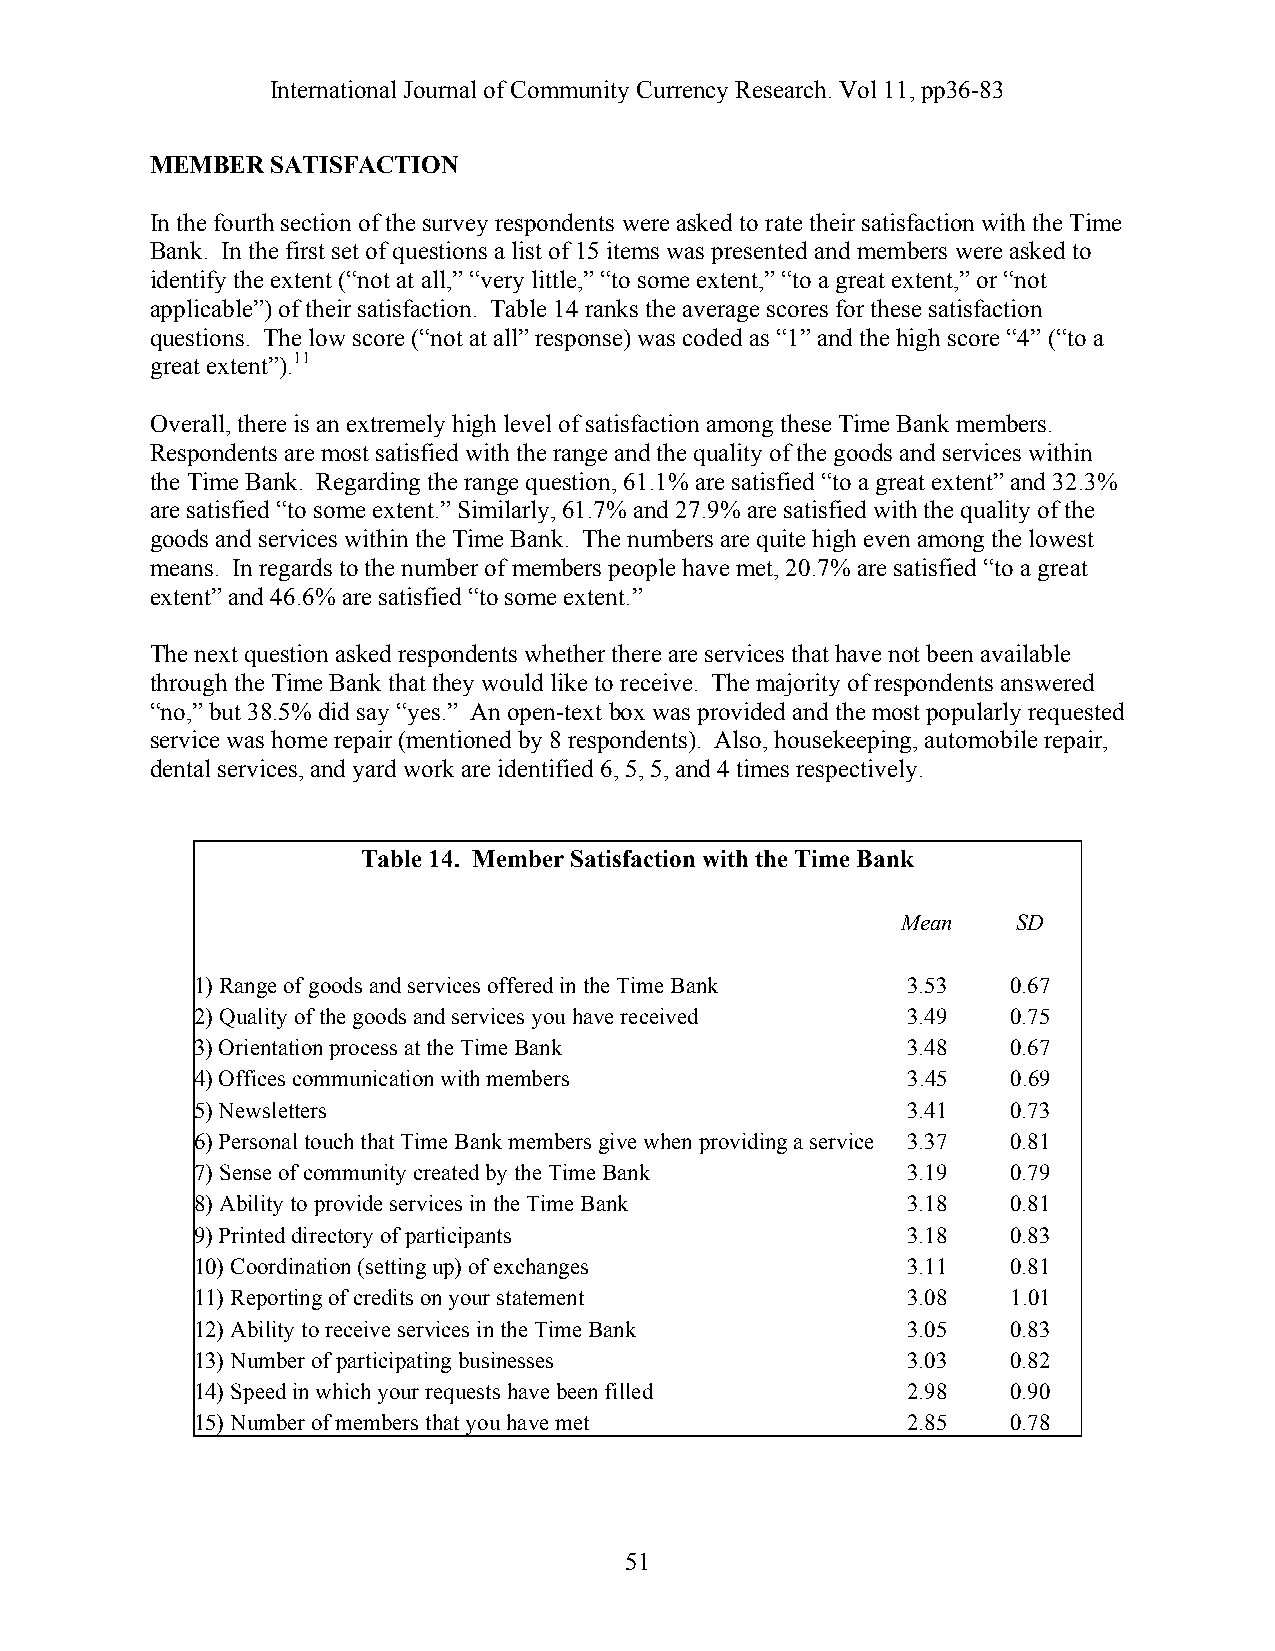
International Journal of Community Currency Research. Vol 11, pp36-83
 MEMBER  SATISFACTION
 In the fourth section of the survey respondents were asked to rate their satisfaction with the Time
 Bank. In the first set of questions a list of 15 items was presented and members were asked to
 identify the extent (“not at all,” “very little,” “to some extent,” “to a great extent,” or “not
 applicable”) of their satisfaction. Table 14 ranks the average scores for these satisfaction
 questions. The low score (“not at all” response) was coded as “1” and the high score “4” (“to a
 great extent”).11
 Overall, there is an extremely high level of satisfaction among these Time Bank members.
 Respondents are most satisfied with the range and the quality of the goods and services within
 the Time Bank. Regarding the range question, 61.1% are satisfied “to a great extent” and 32.3%
 are satisfied “to some extent.” Similarly, 61.7% and 27.9% are satisfied with the quality of the
 goods and services within the Time Bank. The numbers are quite high even among the lowest
 means. In regards to the number of members people have met, 20.7% are satisfied “to a great
 extent” and 46.6% are satisfied “to some extent.”
 The next question asked respondents whether there are services that have not been available
 through the Time Bank that they would like to receive. The majority of respondents answered
 “no,” but 38.5% did say “yes.” An open-text box was provided and the most popularly requested
 service was home repair (mentioned by 8 respondents). Also, housekeeping, automobile repair,
 dental services, and yard work are identified 6, 5, 5, and 4 times respectively.
 Table 14. Member Satisfaction with the Time Bank
 Mean   SD
 1) Range of goods and services offered in the Time Bank 3.53 0.67
 2) Quality of the goods and services you have received 3.49 0.75
 3) Orientation process at the Time Bank        3.48   0.67
 4) Offices communication with members          3.45   0.69
 5) Newsletters                                 3.41   0.73
 6) Personal touch that Time Bank members give when providing a service 3.37 0.81
 7) Sense of community created by the Time Bank 3.19   0.79
 8) Ability to provide services in the Time Bank 3.18  0.81
 9) Printed directory of participants           3.18   0.83
 10) Coordination (setting up) of exchanges     3.11   0.81
 11) Reporting of credits on your statement     3.08   1.01
 12) Ability to receive services in the Time Bank 3.05 0.83
 13) Number of participating businesses         3.03   0.82
 14) Speed in which your requests have been filled 2.98 0.90
 15) Number of members that you have met        2.85   0.78
 51